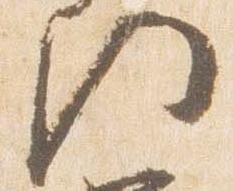
門